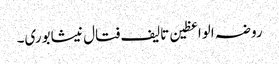
روضہ الواعظین تالیف فتال نیشابوری۔